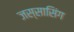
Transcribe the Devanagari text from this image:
जस्सासिंग